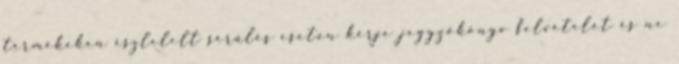
termékeken észlelelt sérülés esetén kérje jegyzőkönyv felvételét és ne